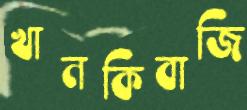
খানকিবাজি